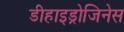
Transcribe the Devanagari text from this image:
डीहाइड्रोजिनेस